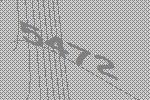
5472